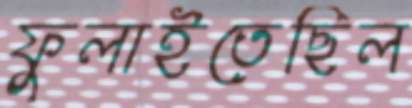
ফুলাইতেছিল